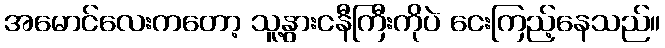
အမောင်လေးကတော့ သူ့နွားငနီကြီးကိုပဲ ငေးကြည့်နေသည်။